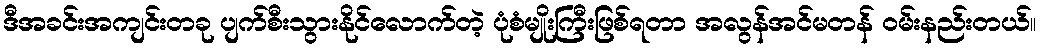
ဒီအခင်းအကျင်းတခု ပျက်စီးသွားနိုင်လောက်တဲ့ ပုံစံမျိုးကြီးဖြစ်ရတာ အလွန်အင်မတန် ဝမ်းနည်းတယ်။